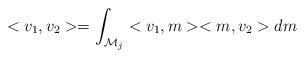
LaTeX: \begin{align*}<v_{1},v_{2}>=\int_{\mathcal{M}_{j}}<v_{1},m><m,v_{2}>dm \end{align*}